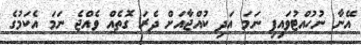
އޭނާ ނުހުއްޓުވައިފި ނަމަ އަދި ކުއްޖާއަށް ދެރަ ގޮތެއް ވެއްޖެ ނަމަ އެކަމުގެ